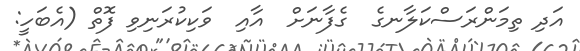
އަދި ތިމަންރަސްކަލާނގެ  ގެފާނަށް  އާއި  ވަކިކުރަނިވި ފޮތް (އެބަހީ: